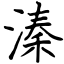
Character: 溱